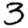
Digit: 3